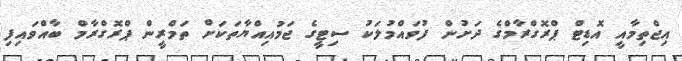
އިޖްތިމާއީ އޮޑިޓް ޕްރޮގްރާމްގެ ދަށުން ފުވައްމުލަކު ސިޓީގެ ޖަމުއިއްޔާތަކަށް ތަމްރީން ޕްރޮގްރާމް ބާއްވައިފި